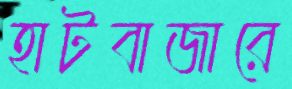
হাটবাজারে